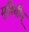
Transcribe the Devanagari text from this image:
मुहियीन्